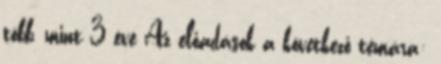
több, mint 3 éve Az előadások a következő témára: